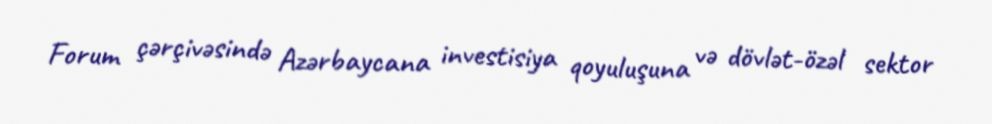
Forum çərçivəsində Azərbaycana investisiya qoyuluşuna və dövlət-özəl sektor